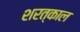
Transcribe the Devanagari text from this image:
शरत्‌काल